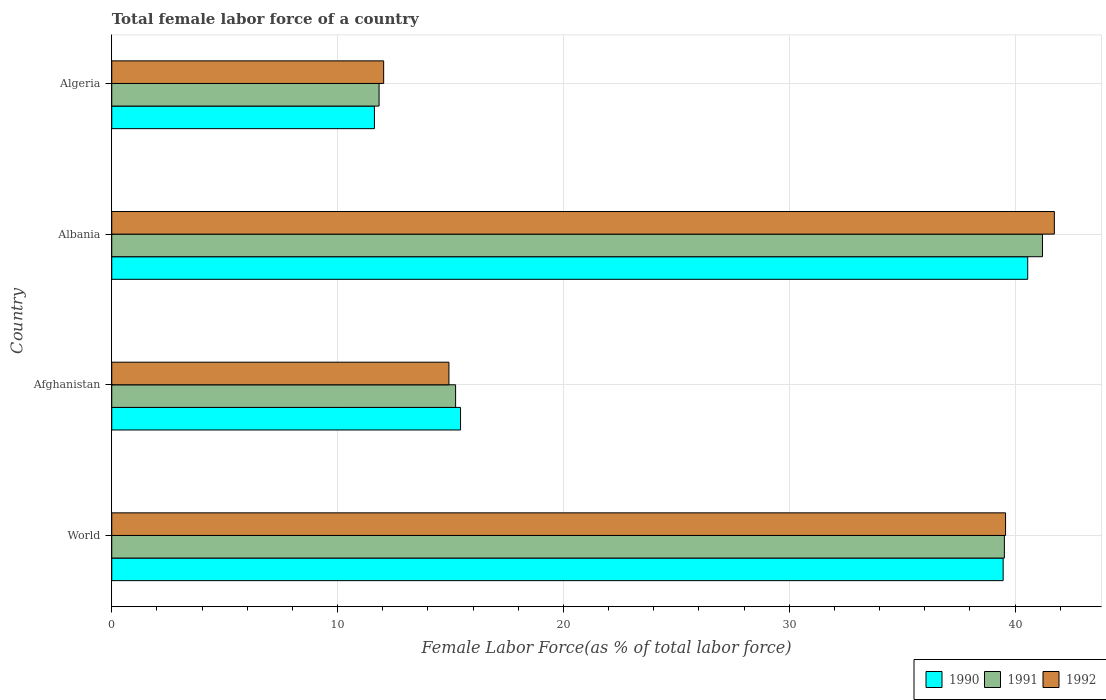
| Country | 1990 | 1991 | 1992 |
 | --- | --- | --- | --- |
 | World | 39.5 | 39.5 | 39.6 |
 | Afghanistan | 15.4 | 15.2 | 14.9 |
 | Albania | 40.6 | 41.2 | 41.7 |
 | Algeria | 11.6 | 11.8 | 12 |